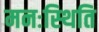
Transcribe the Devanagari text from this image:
मनःस्‍थिति